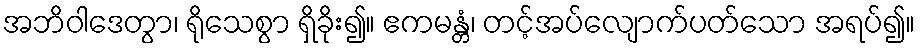
အဘိဝါဒေတွာ၊ ရိုသေစွာ ရှိခိုး၍။ ဧကမန္တံ၊ တင့်အပ်လျောက်ပတ်သော အရပ်၍။